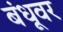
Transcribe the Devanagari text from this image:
बंधूवर